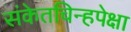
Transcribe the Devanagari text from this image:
संकेतचिन्हपेक्षा